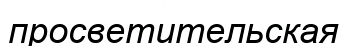
просветительская